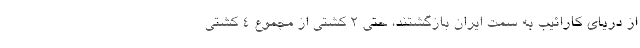
از دریای کارائیب به سمت ایران بازگشتند، حتی 2 کشتی از مجموع 4 کشتی